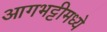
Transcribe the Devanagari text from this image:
आगभट्टीमध्ये